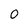
Character: 0